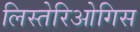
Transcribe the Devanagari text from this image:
लिस्तेरिओगिस